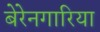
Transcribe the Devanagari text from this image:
बेरेनगारिया